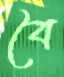
বৈ